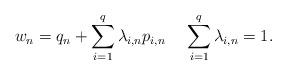
LaTeX: \begin{align*}w_n = q_n + {\sum\limits_{i=1}^{q} \lambda_{i,n}p_{i,n}} ~~ ~~ {\sum\limits_{i=1}^{q} \lambda_{i,n} = 1}.\end{align*}